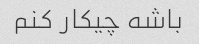
باشه چیکار کنم